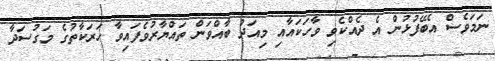
ނަމަވެސް އެބޭފުޅުން އެ ދެއްކެވި ވާހަކައާއި މިއަދު ބާއްވަން ތައްޔާރުވެފައިވާ ހަރަކާތުގެ މަގުސަދާ